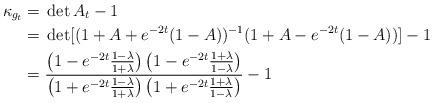
LaTeX: \begin{align*}\kappa_{g_t}={}&\det A_t-1\\={}&\det[(1+A+e^{-2t}(1-A))^{-1}(1+A -e^{-2t}(1-A))]-1\\={}&\frac{\left(1-e^{-2t}\frac{1-\lambda}{1+\lambda}\right)\left(1-e^{-2t}\frac{1+\lambda}{1-\lambda}\right)}{\left(1+e^{-2t}\frac{1-\lambda}{1+\lambda}\right)\left(1+e^{-2t}\frac{1+\lambda}{1-\lambda}\right)}-1\end{align*}